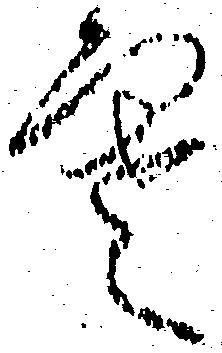
寒